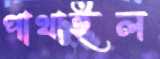
পাথাইল